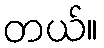
တယ်။